Report of the Indian Hemp Drugs Commission, 1894-1895 - Volume I
Year: 1894
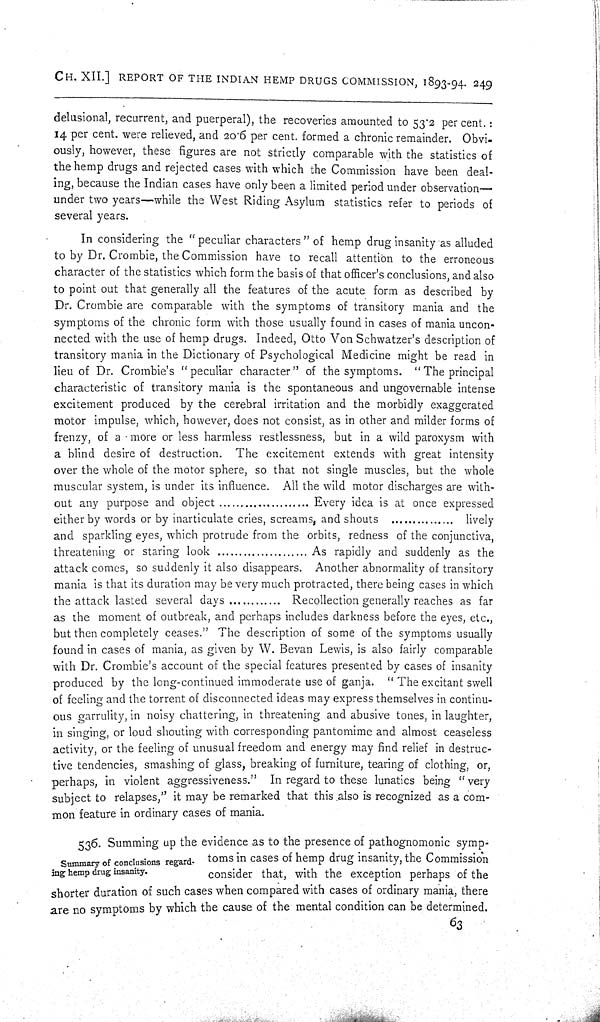
CH. XII.] REPORT OF THE INDIAN HEMP DRUGS COMMISSION, 1893-94. 249
delusional, recurrent, and puerperal), the recoveries amounted to 53.2 per cent.:
14 per cent. were relieved, and 20.6 per cent. formed a chronic remainder. Obvi-
ously, however, these figures are not strictly comparable with the statistics of
the hemp drugs and rejected cases with which the Commission have been deal-
ing, because the Indian cases have only been a limited period under observation—
under two years—while the West Riding Asylum statistics refer to periods of
several years.
In considering the "peculiar characters" of hemp drug insanity as alluded
to by Dr. Crombie, the Commission have to recall attention to the erroneous
character of the statistics which form the basis of that officer's conclusions, and also
to point out that generally all the features of the acute form as described by
Dr. Crombie are comparable with the symptoms of transitory mania and the
symptoms of the chronic form with those usually found in cases of mania uncon-
nected with the use of hemp drugs. Indeed, Otto Von Schwatzer's description of
transitory mania in the Dictionary of Psychological Medicine might be read in
lieu of Dr. Crombie's "peculiar character" of the symptoms. "The principal
characteristic of transitory mania is the spontaneous and ungovernable intense
excitement produced by the cerebral irritation and the morbidly exaggerated
motor impulse, which, however, does not consist, as in other and milder forms of
frenzy, of a more or less harmless restlessness, but in a wild paroxysm with
a blind desire of destruction. The excitement extends with great intensity
over the whole of the motor sphere, so that not single muscles, but the whole
muscular system, is under its influence. All the wild motor discharges are with-
out any purpose and object
Every idea is at once expressed
either by words or by inarticulate cries, screams, and shouts
lively
and sparkling eyes, which protrude from the orbits, redness of the conjunctiva,
threatening or staring look
As rapidly and suddenly as the
attack comes, so suddenly it also disappears. Another abnormality of transitory
mania is that its duration may be very much protracted, there being cases in which
the attack lasted several days
Recollection generally reaches as far
as the moment of outbreak, and perhaps includes darkness before the eyes, etc.,
but then completely ceases." The description of some of the symptoms usually
found in cases of mania, as given by W. Bevan Lewis, is also fairly comparable
with Dr. Crombie's account of the special features presented by cases of insanity
produced by the long-continued immoderate use of ganja. "The excitant swell
of feeling and the torrent of disconnected ideas may express themselves in continu-
ous garrulity, in noisy chattering, in threatening and abusive tones, in laughter,
in singing, or loud shouting with corresponding pantomime and almost ceaseless
activity, or the feeling of unusual freedom and energy may find relief in destruc-
tive tendencies, smashing of glass, breaking of furniture, tearing of clothing, or,
perhaps, in violent aggressiveness." In regard to these lunatics being "very
subject to relapses," it may be remarked that this also is recognized as a com-
mon feature in ordinary cases of mania.
Summary of conclusions regard-
ing hemp drug insanity.
536. Summing up the evidence as to the presence of pathognomonic symp-
toms in cases of hemp drug insanity, the Commission
consider that, with the exception perhaps of the
shorter duration of such cases when compared with cases of ordinary mania, there
are no symptoms by which the cause of the mental condition can be determined.
63